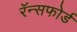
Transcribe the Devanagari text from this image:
रॅन्सफोर्ड